Annual report of the Prince of Wales Medical College, Patna
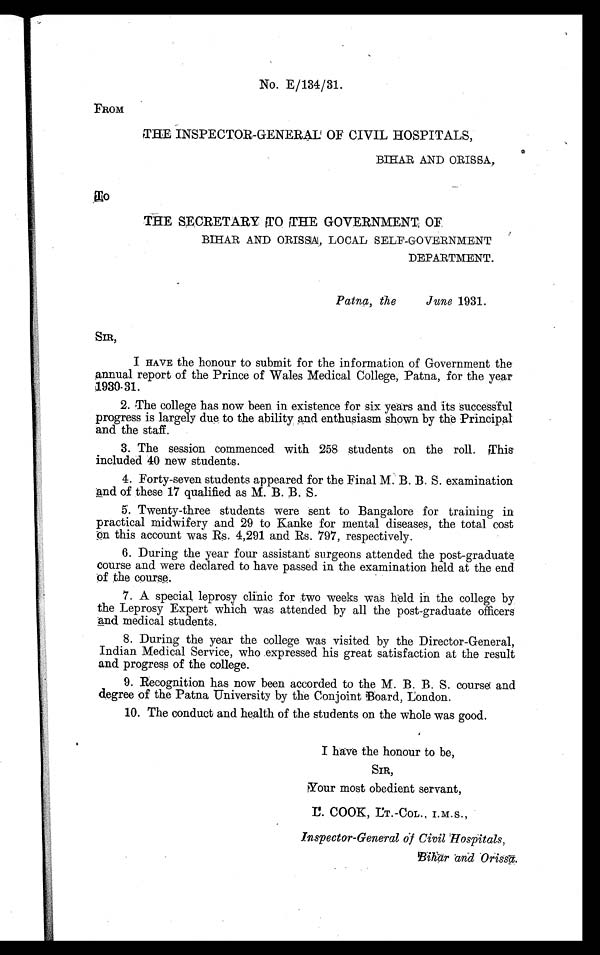
No. E/134/31.
FROM
THE INSPECTOR-GENERAL OF CIVIL HOSPITALS,
BIHAR AND ORISSA,
T o
THE SECRETARY TO THE GOVERNMENT OF
BIHAR AND ORISSA, LOCAL SELF-GOVERNMENT
DEPARTMENT.
Patna, the
June 1931.
SIR ,
I HAVE the honour to submit for the information of Government the
annual report of the Prince of Wales Medical College, Patna, for the year
1930-31.
2. The college has now been in existence for six years and its successful
progress is largely due to the ability and enthusiasm shown by the Principal
and the staff.
3. The session commenced with 258 students on the roll. This
included 40 new students.
4. Forty-seven students appeared for the Final M. B. B. S. examination
and of these 17 qualified as M. B. B. S.
5. Twenty-three students were sent to Bangalore for training in
practical midwifery and 29 to Kanke for mental diseases, the total cost
on this account was Rs. 4,291 and Rs. 797, respectively.
6. During the year four assistant surgeons attended the post-graduate
course and were declared to have passed in the examination held at the end
of the course.
7. A special leprosy clinic for two weeks was held in the college by
the Leprosy Expert which was attended by all the post-graduate officers
and medical students.
8. During the year the college was visited by the Director-General,
Indian Medical Service, who expressed his great satisfaction at the result
and progress of the college.
9. Recognition has now been accorded to the M. B. B. S. course and
degree of the Patna University by the Conjoint Board, London.
10. The conduct and health of the students on the whole was good.
I have the honour to be,
SIR,
Your most obedient servant,
,
Inspector-General of Civil Hospitals,
Bihār and Orissā.